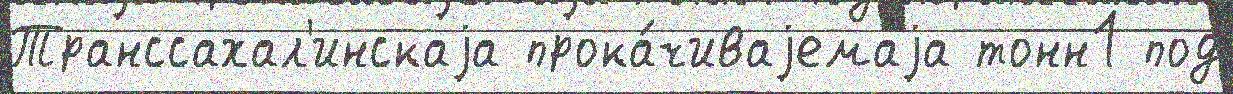
Транссахал'инскаjа прока́чиваjемаjа тонн1 под